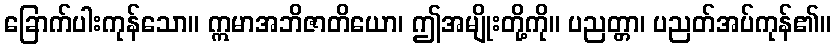
ခြောက်ပါးကုန်သော။ ဣမာအဘိဇာတိယော၊ ဤအမျိုးတို့ကို။ ပညတ္တာ၊ ပညတ်အပ်ကုန်၏။